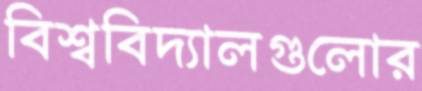
বিশ্ববিদ্যালগুলোর